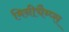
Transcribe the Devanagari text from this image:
मिनीचैम्प्स